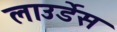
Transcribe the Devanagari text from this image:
लाउर्डेस